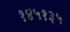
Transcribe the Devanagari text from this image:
१४५१३५